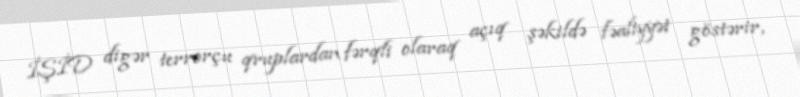
İŞİD digər terrorçu qruplardan fərqli olaraq açıq şəkildə fəaliyyət göstərir,